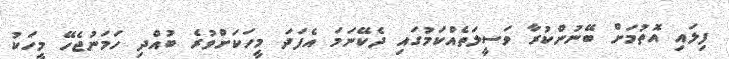
ފިލައި އޮތުމަށް ބޭނުންކުރާ ވަސީލަތެއްކަމުގައި ދެކޭނަމަ އެފަދަ މީހަކަށްވުރެ ބުއްދި ހަމަނުޖެހޭ މީހަކު